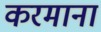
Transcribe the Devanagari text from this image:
करमाना